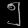
Digit: ၅